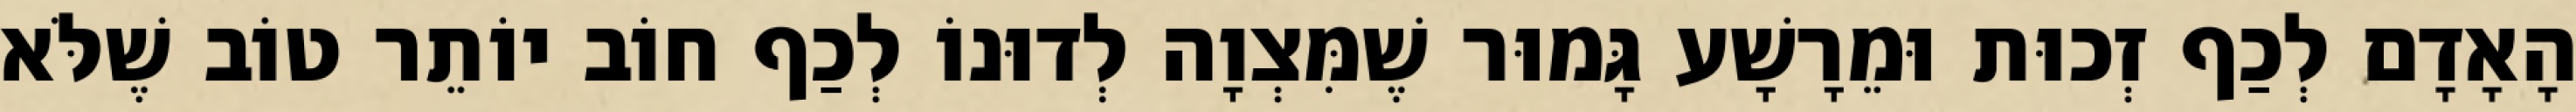
הָאָדָם לְכַף זְכוּת וּמֵרָשָׁע גָּמוּר שֶׁמִּצְוָה לְדוּנוֹ לְכַף חוֹב יוֹתֵר טוֹב שֶׁלֹּא